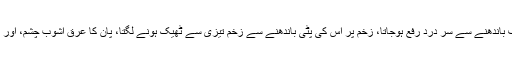
تازہ ہرا پان چونا یا تیل لگا کر گرم کرکے کنپٹی کی طرف باندھنے سے سر درد رفع ہوجاتا، زخم پر اس کی پٹی باندھنے سے زخم تیزی سے ٹھیک ہونے لگتا، پان کا عرق آشوبِ چشم، اور اس کا نیم گرم پانی کان کے درد میں استعمال کیا جاتا تھا۔